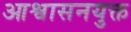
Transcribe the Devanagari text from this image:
आश्वासनयुक्त